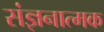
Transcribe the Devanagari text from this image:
संज्ञनात्मक